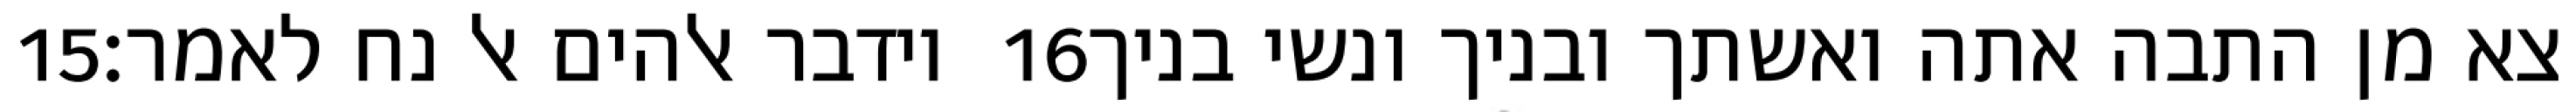
‎15‏ וידבר אלהים אל נח לאמר׃ ‎16‏ צא מן התבה אתה ואשתך ובניך ונשי בניך